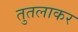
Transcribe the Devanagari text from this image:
तुतलाकर